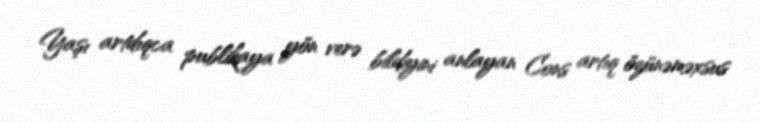
Yaşı artdıqca publikaya yön verə bildiyini anlayan Cons artıq özünəməxsus